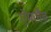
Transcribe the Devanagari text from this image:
ऐमलैब